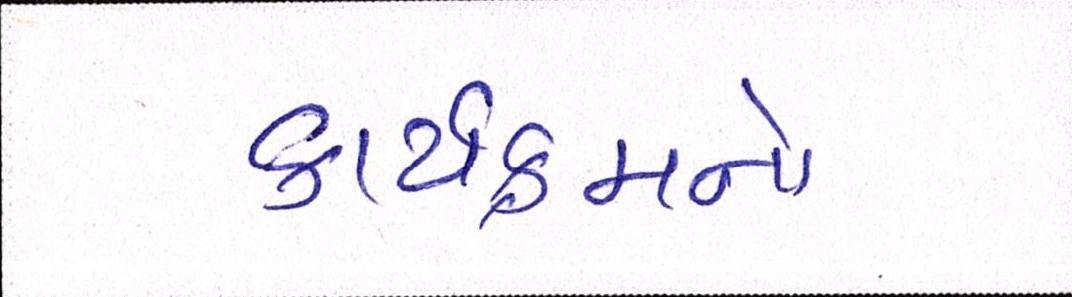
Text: કાર્યક્રમનો